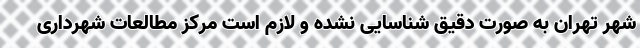
شهر تهران به صورت دقیق شناسایی نشده و لازم است مرکز مطالعات شهرداری